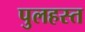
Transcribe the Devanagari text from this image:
पुलहस्त